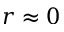
r \approx 0